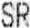
SR